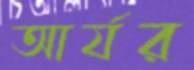
আর্যর